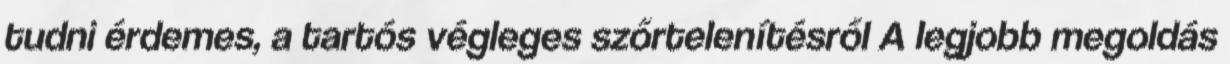
tudni érdemes, a tartós végleges szőrtelenítésről A legjobb megoldás